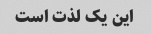
این یک لذت است